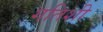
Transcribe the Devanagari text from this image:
गतिशी